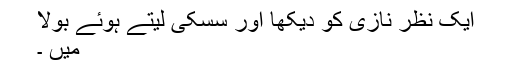
ایک نظر نازی کو دیکھا اور سسکی لیتے ہوئے بولا
میں ۔